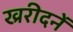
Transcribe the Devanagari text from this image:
ख्ररीदनें